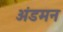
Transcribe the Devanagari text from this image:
अंडमन